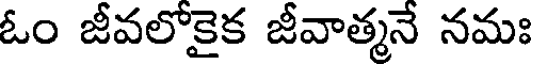
ఓం జీవలోకైక జీవాత్మనే నమః